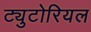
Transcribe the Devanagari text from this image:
ट्युटोरियल